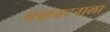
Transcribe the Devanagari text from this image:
एकबटनाला